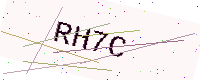
Text: RH7C